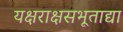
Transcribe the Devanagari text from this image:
यक्षराक्षसभूताद्या